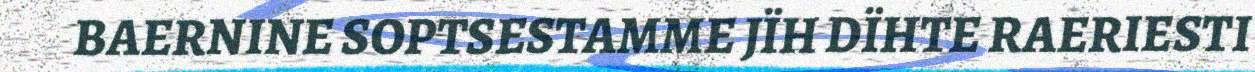
BAERNINE SOPTSESTAMME JÏH DÏHTE RAERIESTI